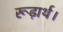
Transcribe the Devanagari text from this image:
रूढ़ार्थ।